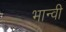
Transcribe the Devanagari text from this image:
भान्वी